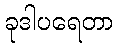
ခုဒါပရေတာ